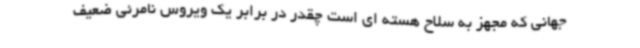
جهانی که مجهز به سلاح هسته ای است چقدر در برابر یک ویروس نامرئی ضعیف